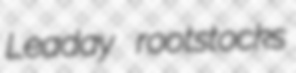
Leaday rootstocks